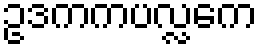
ဥဒကကပလ္လကေ